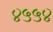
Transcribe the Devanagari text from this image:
४५५४